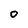
Character: 0